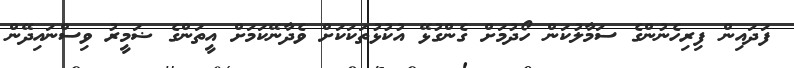
ފަދައިން ފިރިހެނުންގެ ސަމާލުކަން ހޯދުމަށް ގެންގުޅޭ އުކުޅުތަކަކަށް ވެދާނޭކަމަށް އީތަންގެ ޟަމީރު ވިސްނައިދޭން